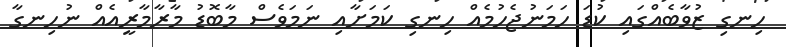
ހިނގި ޒުވާބެއްގައި ކުޑަ ހަމަނުޖެހުމެއް ހިނގި ކަމަށާއި ނަމަވެސް މާބޮޑު މާރާމާރީއެއް ނުހިނގާ